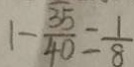
1 - \frac { \overline { 3 5 } } { 4 0 } = \frac { 1 } { 8 }